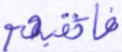
فارتقبهم